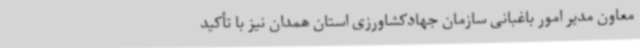
معاون مدیر امور باغبانی سازمان جهادکشاورزی استان همدان نیز با تأکید